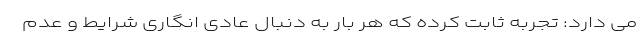
می دارد: تجربه ثابت کرده که هر بار به دنبال عادی انگاری شرایط و عدم